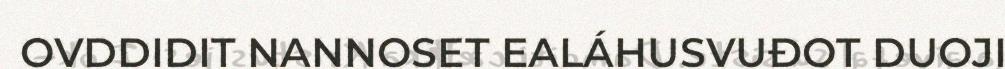
OVDDIDIT NANNOSET EALÁHUSVUĐOT DUOJI